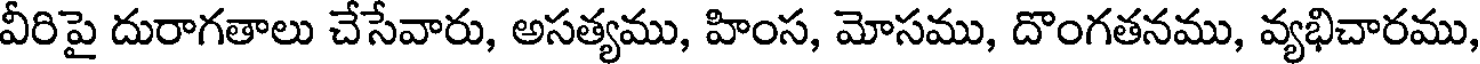
వీరిపై దురాగతాలు చేసేవారు, అసత్యము, హింస, మోసము, దొంగతనము, వ్యభిచారము,